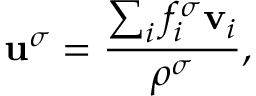
\mathbf { u } ^ { \sigma } = \frac { \sum _ { i } f _ { i } ^ { \sigma } \mathbf { v } _ { i } } { \rho ^ { \sigma } } ,